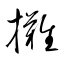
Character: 攤